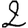
Digit: 2